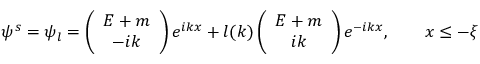
\psi ^ { s } = \psi _ { l } = \left( \begin{array} { c } { { E + m } } \\ { { - i k } } \end{array} \right) e ^ { i k x } + l ( k ) \left( \begin{array} { c } { { E + m } } \\ { { i k } } \end{array} \right) e ^ { - i k x } , \qquad x \leq - \xi